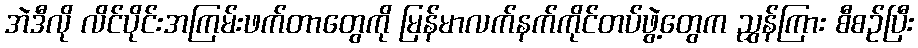
အဲဒီလို လိင်ပိုင်းအကြမ်းဖက်တာတွေကို မြန်မာလက်နက်ကိုင်တပ်ဖွဲ့တွေက ညွှန်ကြား စီစဉ်ပြီး